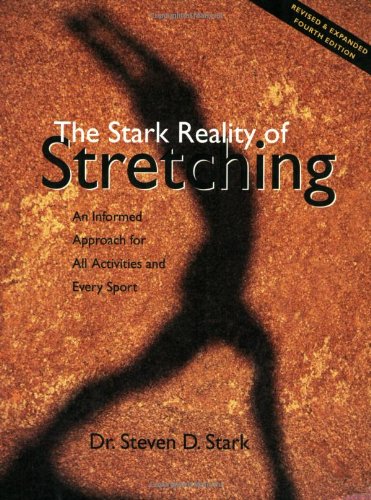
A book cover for The Stark Reality of Stretching: An Informed Approach for All Activities and Every Sport; Dr. Steven D. Stark; Health, Fitness & Dieting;